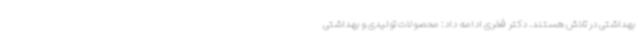
بهداشتی در تلاش هستند. دکتر فخری ادامه داد: محصولات تولیدی و بهداشتی